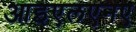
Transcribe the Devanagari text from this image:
आइएलएनए